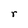
Character: r